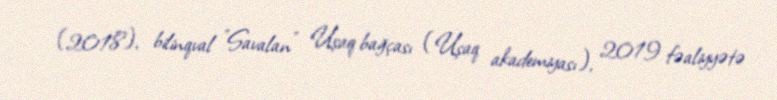
(2018), bilinqval "Savalan" Uşaq bağçası (Uşaq akademiyası), 2019 fəaliyyətə